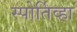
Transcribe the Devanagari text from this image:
स्पोर्तिव्हा